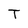
Character: T